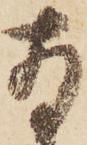
存